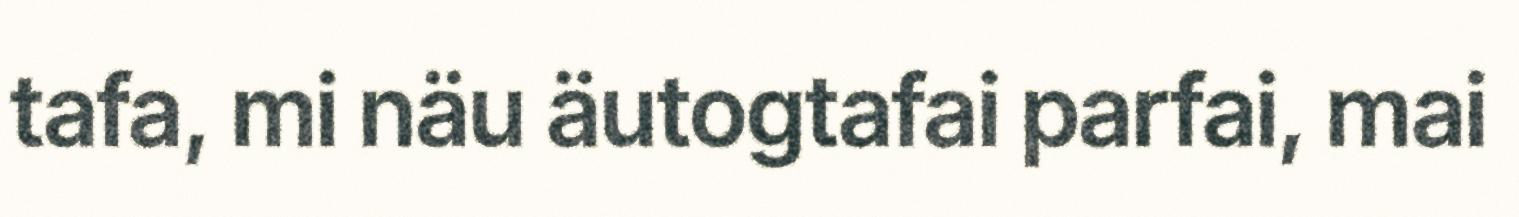
tafa, mi näu äutogtafai parfai, mai